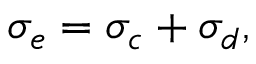
\sigma _ { e } = \sigma _ { c } + \sigma _ { d } ,